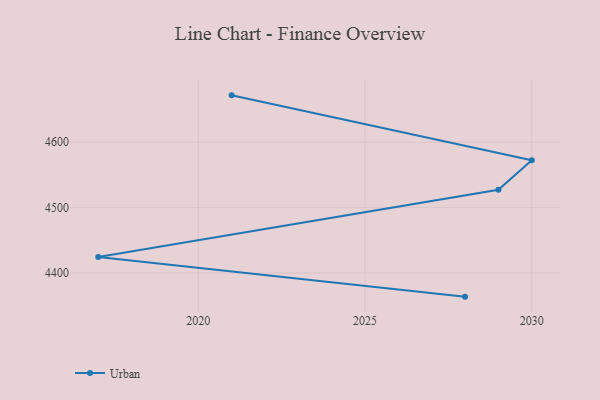
{"axis": {"x": "Year", "y": "Humidity (%)"}, "legend": ["Urban"], "data": [{"x": "2021", "y": 4671.5, "type": "Urban"}, {"x": "2030", "y": 4572.4, "type": "Urban"}, {"x": "2029", "y": 4527.1, "type": "Urban"}, {"x": "2017", "y": 4424.4, "type": "Urban"}, {"x": "2028", "y": 4363.9, "type": "Urban"}]}